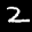
Label: 2